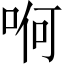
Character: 哬